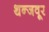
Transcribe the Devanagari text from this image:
थन्जवूर